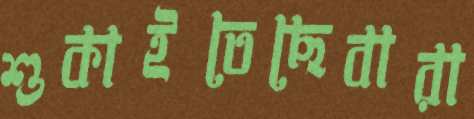
শুকাইতেছেবারা